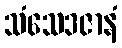
သံသေဒဇာနံ